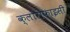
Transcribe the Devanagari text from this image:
क्लोरोफाइसी